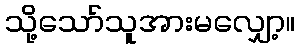
သို့သော်သူအားမလျှော့။